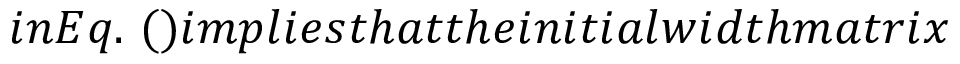
i n E q . ~ ( ) i m p l i e s t h a t t h e i n i t i a l w i d t h m a t r i x